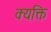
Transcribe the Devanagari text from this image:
क्यक्ति